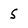
Character: S